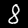
Digit: 8